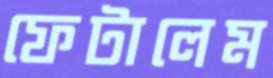
ফেটালেম